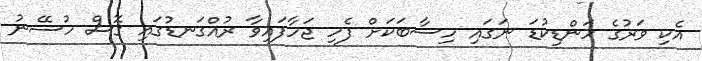
އެކި ވަރުގެ ހަންޑިކުޑަ ނަގައި ހިސާބަކަށް ފެހި ޖަހާފައިވާ ރުއްގަނޑުގައި ގޮސް ހުސޭނު